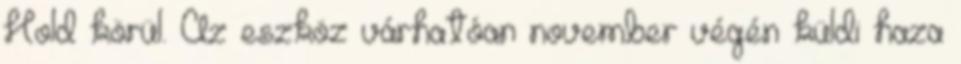
Hold körül. Az eszköz várhatóan november végén küldi haza